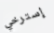
إسترخي